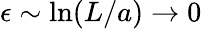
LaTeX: \epsilon\sim\mathrm{ln}(L/a)\to 0